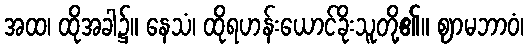
အထ၊ ထိုအခါ၌။ နေသံ၊ ထိုရဟန်းယောင်ခိုးသူတို့၏။ ဈာမဘာဝံ၊